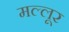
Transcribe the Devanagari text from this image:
मल्लूर